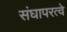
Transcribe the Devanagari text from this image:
संघापरत्वे